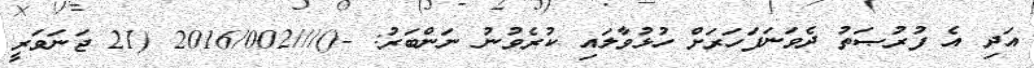
އަދި އެ ފުރުޞަތު ދެވަނަފަހަރަށް ހުޅުވާލައި ކުރެވުނު ނަންބަރު: -()///2016/002 (21 ޖަނަވަރީ